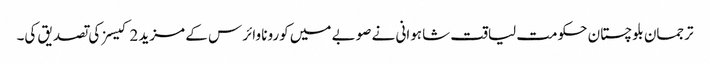
ترجمان بلوچستان حکومت لیاقت شاہوانی نے صوبے میں کورونا وائرس کے مزید 2 کیسز کی تصدیق کی۔